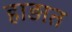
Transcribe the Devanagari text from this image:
हाड़ात